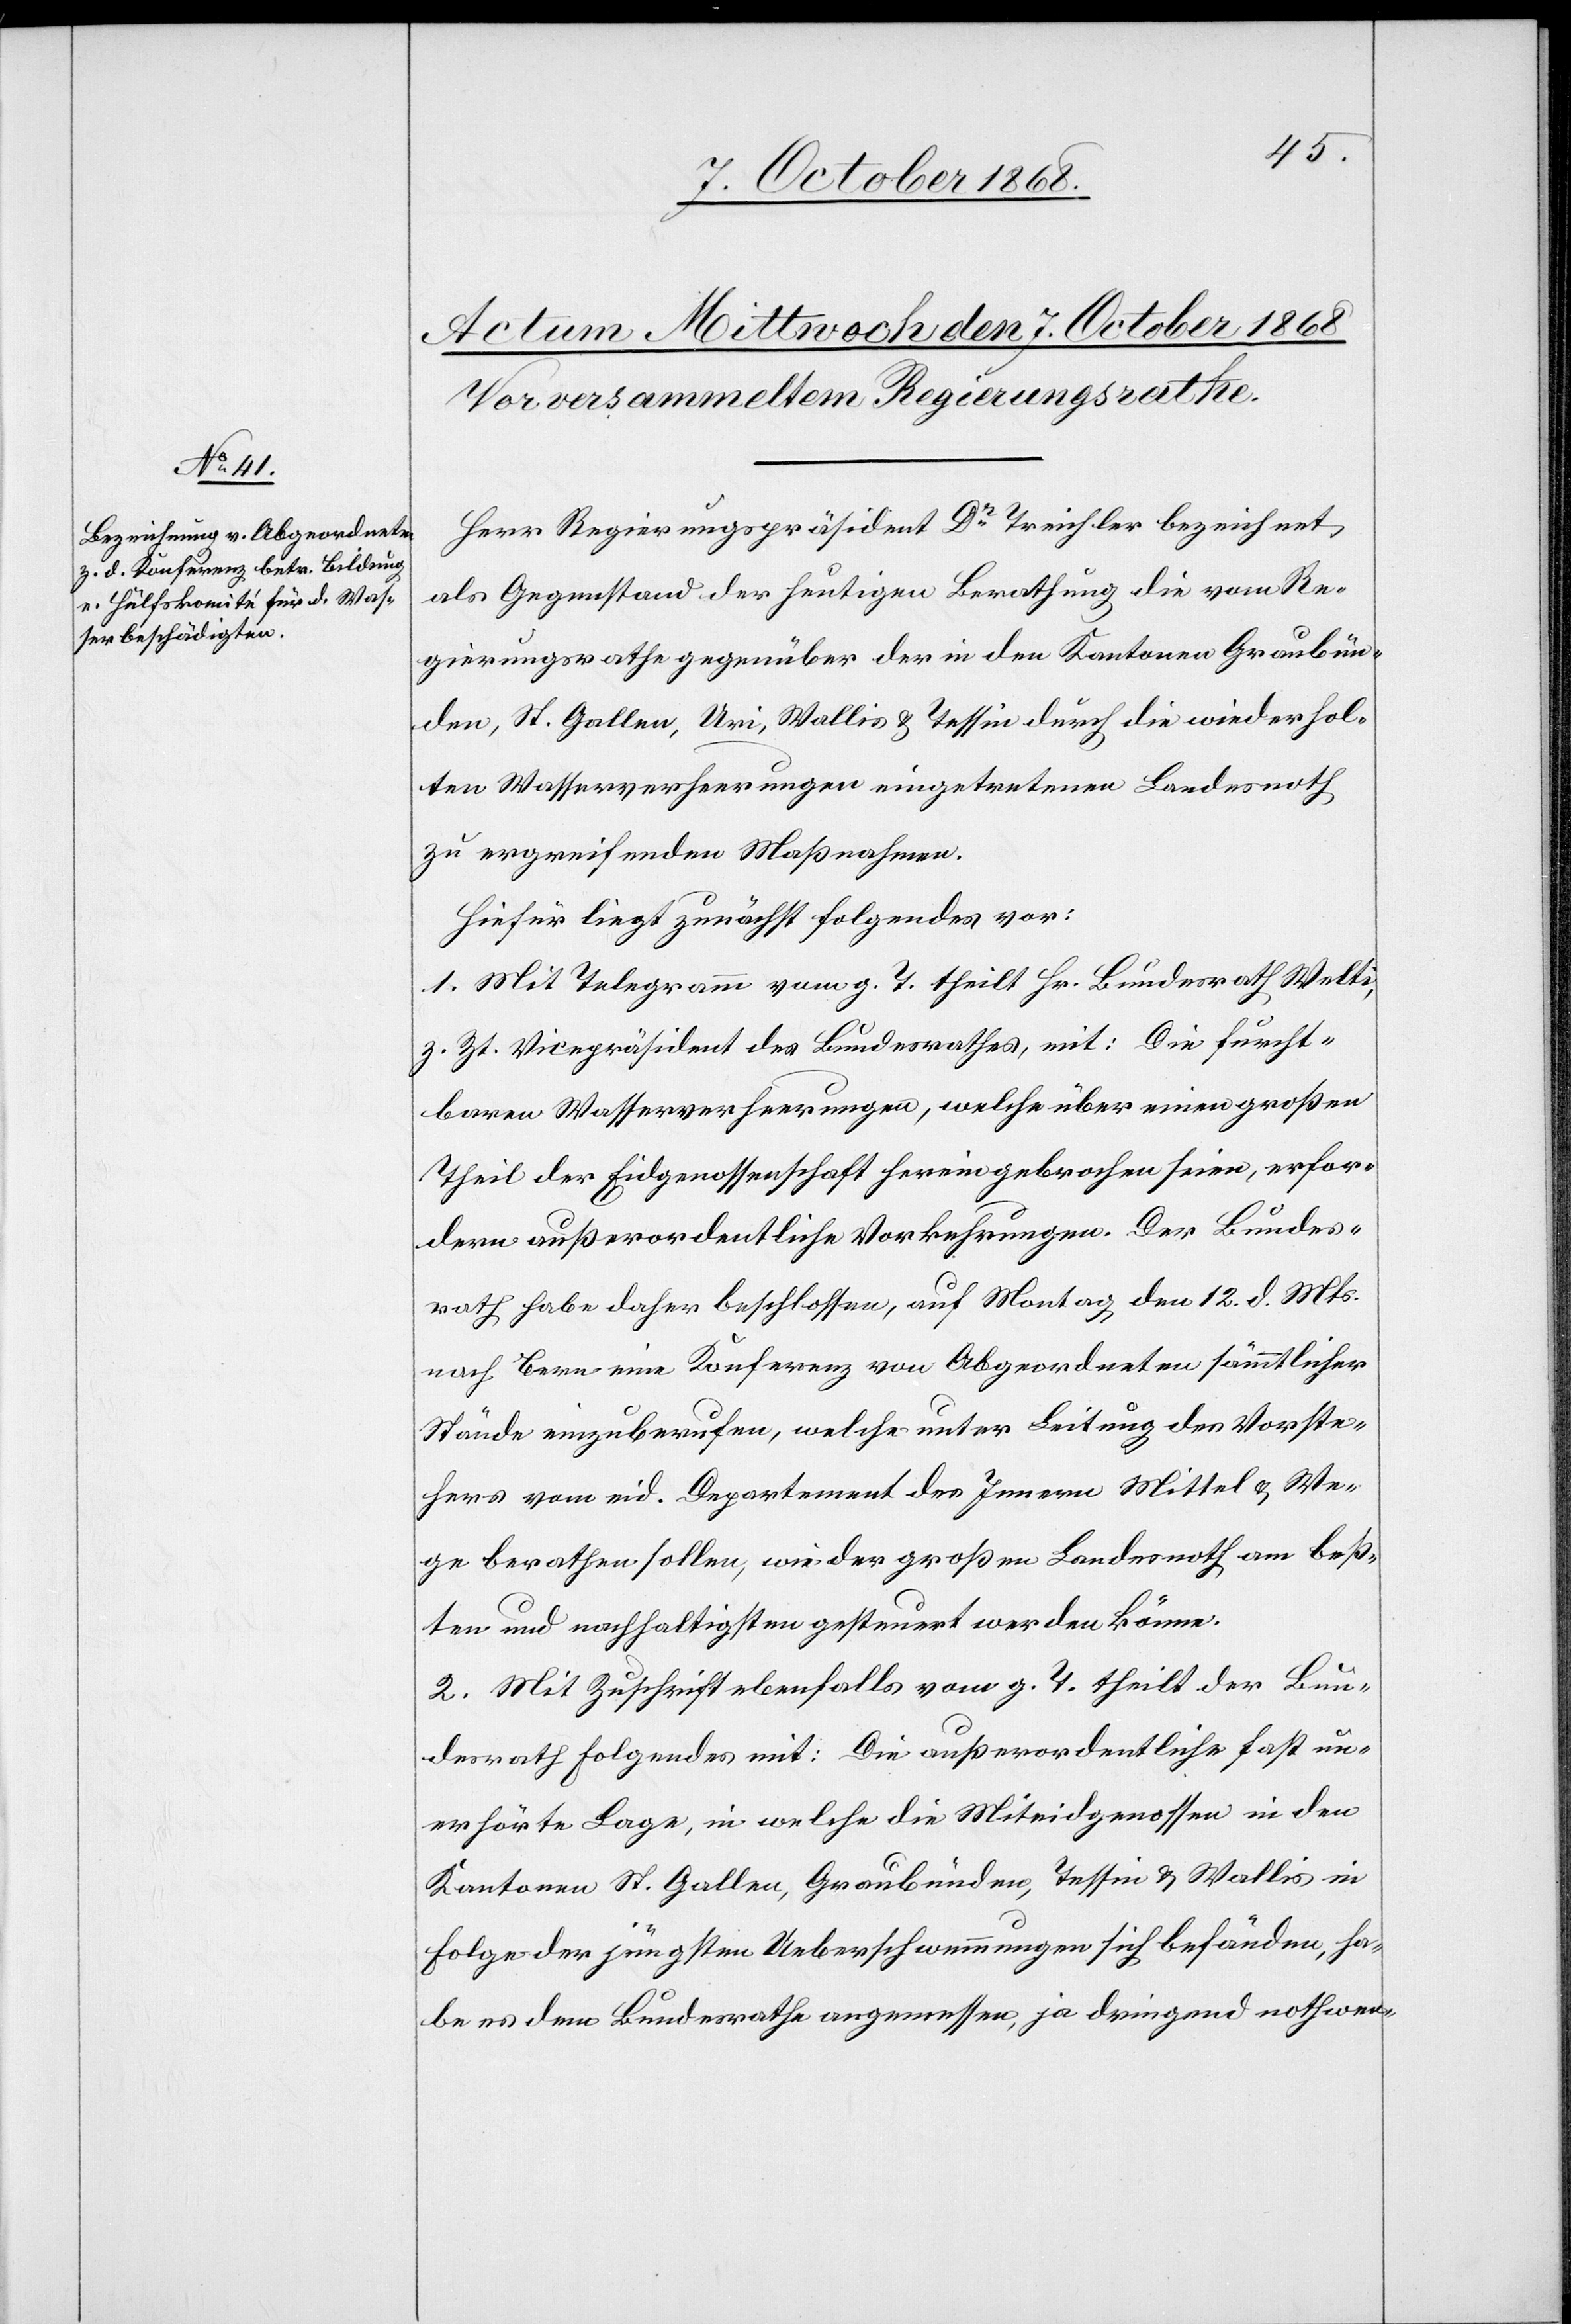
Herr Regierungspräsident Dr Treichler bezeichnet
als Gegenstand der heutigen Berathung die vom Re¬
gierungsrathe gegenüber der in den Kantonen Graubün¬
den, St. Gallen, Uri, Wallis & Tessin durch die wiederhol¬
ten Wasserverheerungen eingetretenen Landesnoth
zu ergreifenden Maßnahmen.
Hiefür liegt zunächst folgendes vor:
1. Mit Telegramm vom g. T. theilt Hr. Bundesrath Welti,
z. Zt. Vicepräsident des Bundesrathes, mit: Die furcht¬
baren Wasserverheerungen, welche über einen großen
Theil der Eidgenossenschaft hereingebrochen seien, erfor¬
dern außerordentliche Vorkehrungen. Der Bundes¬
rath habe daher beschlossen, auf Montag den 12. d. Mts.
nach Bern eine Konferenz von Abgeordneten sämmtlicher
Stände einzuberufen, welche unter Leitung des Vorste¬
hers vom eid. Departement des Innern Mittel & We¬
ge berathen sollen, wie der großen Landesnoth am beß¬
ten und nachhaltigsten gesteuert werden könne.
2. Mit Zuschrift ebenfalls vom g. T. theilt der Bun¬
desrath Folgendes mit: Die außerordentliche fast un¬
erhörte Lage, in welche die Miteidgenossen in den
Kantonen St. Gallen, Graubünden, Tessin & Wallis in
Folge der jüngsten Ueberschwemmungen sich befänden, ha¬
be es dem Bundesrathe angemessen, ja dringend nothwen-